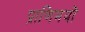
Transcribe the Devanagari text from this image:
प्राणिमयों